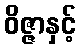
ဝိဇ္ဇာနှင့်